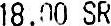
18.00 SR